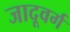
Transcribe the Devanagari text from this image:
जादूवर्ग